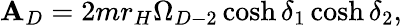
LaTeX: \mathbf{A}_{D}=2mr_{H}\Omega_{D-2}\cosh\delta_{1}\cosh\delta_{2},